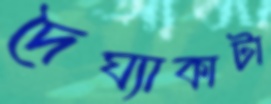
দৈঘ্যাকাটা